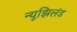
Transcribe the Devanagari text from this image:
न्यूझिलंड